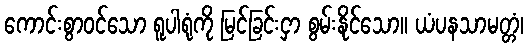
ကောင်းစွာဝင်သော ရူပါရုံကို မြင်ခြင်းငှာ စွမ်းနိုင်သော။ ယံပနသာမတ္တံ၊